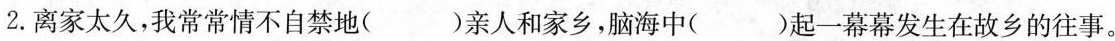
2.离家太久,我常常情不自禁地()亲人和家乡,脑海中()起一幕幕发生在故乡的往事。